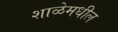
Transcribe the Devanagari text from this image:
शाळेमधील